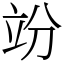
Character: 竕